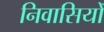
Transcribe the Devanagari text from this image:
निवासियोँ